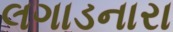
લગાડનારા